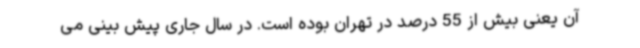
آن یعنی بیش از 55 درصد در تهران بوده است. در سال جاری پیش بینی می